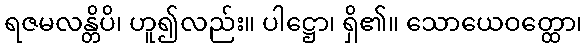
ရဇမလန္တိပိ၊ ဟူ၍လည်း။ ပါဋ္ဌော၊ ရှိ၏။ သောယေဝတ္ထော၊